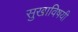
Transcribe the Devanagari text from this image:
सुखाविषयी